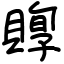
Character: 賯